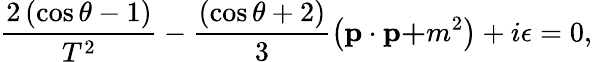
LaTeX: \frac{2\left(\cos\theta-1\right)}{T^{2}}-\frac{\left(\cos\theta+2\right)}3\left(\mathbf{p\cdot p+}m^{2}\right)+i\epsilon=0,